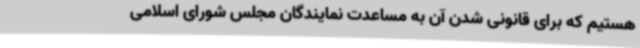
هستیم که برای قانونی شدن آن به مساعدت نمایندگان مجلس شورای اسلامی